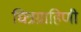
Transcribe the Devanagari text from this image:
चित्रग्राहिणी